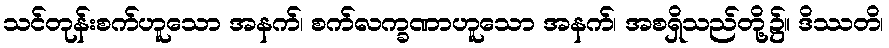
သင်တုန်းစက်ဟူသော အနက်၊ စက်လက္ခဏာဟူသော အနက်၊ အစရှိသည်တို့၌။ ဒိဿတိ၊